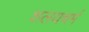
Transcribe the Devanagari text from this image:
शलयचर्म